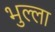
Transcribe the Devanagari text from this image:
भुल्ला